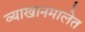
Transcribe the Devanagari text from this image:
व्याखानमालेत